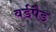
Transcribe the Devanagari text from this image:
वर्डपैड